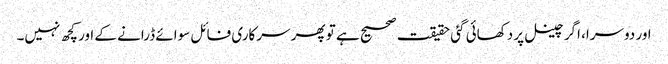
اور دوسرا، اگر چینل پر دکھائی گئی حقیقت صحیح ہے تو پھر سرکاری فائل سوائے ڈرانے کے اور کچھ نہیں۔